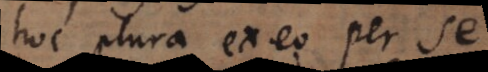
hoc plura ex eo per se